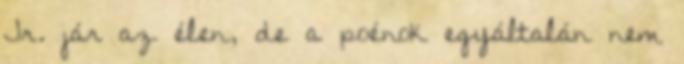
Jr. jár az élen, de a poénok egyáltalán nem